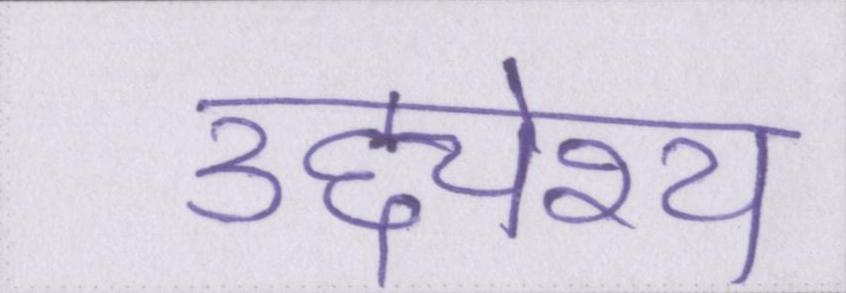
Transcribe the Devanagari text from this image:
उद्द्येश्य